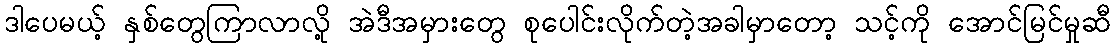
ဒါပေမယ့် နှစ်တွေကြာလာလို့ အဲဒီအမှားတွေ စုပေါင်းလိုက်တဲ့အခါမှာတော့ သင့်ကို အောင်မြင်မှုဆီ